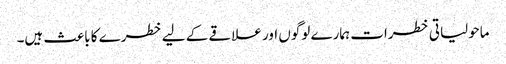
ماحولیاتی خطرات ہمارے لوگوں اور علاقے کے لیے خطرے کا باعث ہیں۔